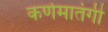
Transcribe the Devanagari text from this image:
कर्णमातंगी